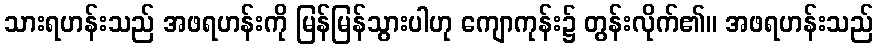
သားရဟန်းသည် အဖရဟန်းကို မြန်မြန်သွားပါဟု ကျောကုန်း၌ တွန်းလိုက်၏။ အဖရဟန်းသည်